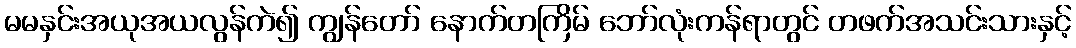
မမနှင်းအယုအယလွန်ကဲ၍ ကျွန်တော် နောက်တကြိမ် ဘော်လုံးကန်ရာတွင် တဖက်အသင်းသားနှင့်